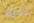
تلك